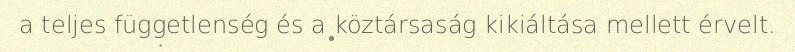
a teljes függetlenség és a köztársaság kikiáltása mellett érvelt.